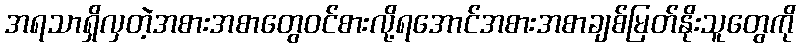
အရသာရှိလှတဲ့အစားအစာတွေဝင်စားလို့ရအောင်အစားအစာချစ်မြတ်နိုးသူတွေကို